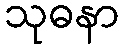
သုဓနာ